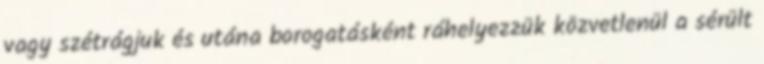
vagy szétrágjuk és utána borogatásként ráhelyezzük közvetlenül a sérült